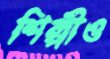
শিল্পীও